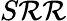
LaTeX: S\mathcal{R}\mathcal{R}